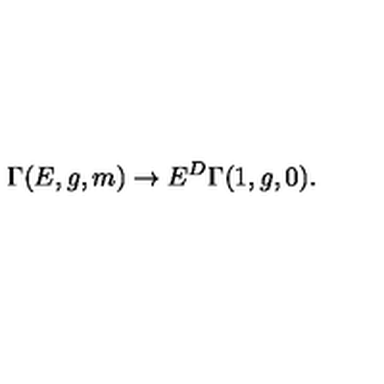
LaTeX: \Gamma ( E , g , m ) \rightarrow E ^ { D } \Gamma ( 1 , g , 0 ) .